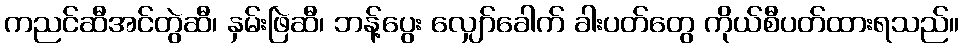
ကညင်ဆီအင်တွဲဆီ၊ နှမ်းဖြဲဆီ၊ ဘန့်ပွေး လျှော်ခေါက် ခါးပတ်တွေ ကိုယ်စီပတ်ထားရသည်။